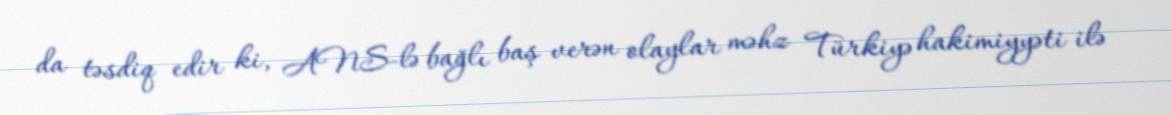
da təsdiq edir ki, ANS-lə bağlı baş verən olaylar məhz Türkiyə hakimiyyəti ilə